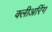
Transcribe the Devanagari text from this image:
क्लीअरिंग